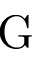
\mathrm { G }